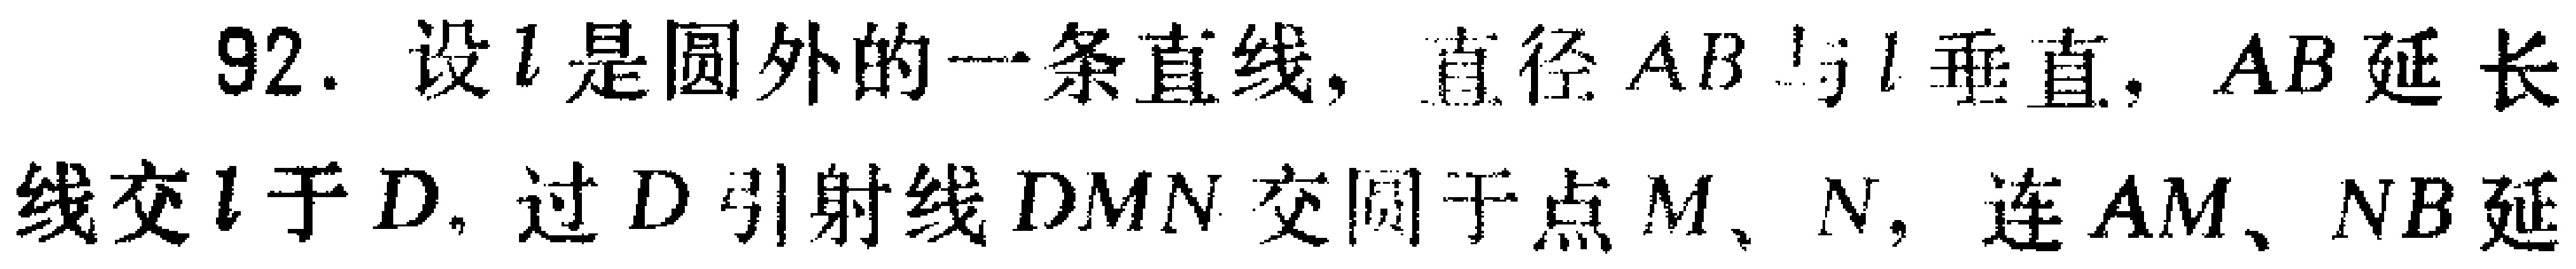
92. 设\(l\)是圆外的一条直线，直径\(AB\)与\(l\)垂直，\(AB\)延长线交\(l\)于\(D\)，过\(D\)引射线\(DMN\)交圆于点\(M\)、\(N\)，连\(AM\)、\(NB\)延